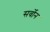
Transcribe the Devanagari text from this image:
सर्वोन